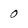
Character: 0